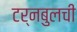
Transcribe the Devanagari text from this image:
टर्नबुलची